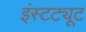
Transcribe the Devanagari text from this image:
इंस्‍टट्यूट